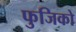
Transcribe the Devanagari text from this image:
फुजिको